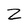
Character: Z